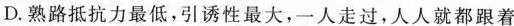
D.熟路抵抗力最低，引诱性最大，一人走过，人人就都跟着